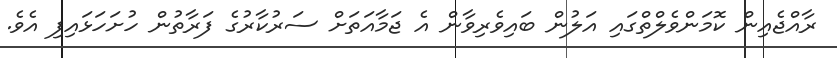
ރާއްޖެއިން ކޮމަންވެލްތްގައި އަލުން ބައިވެރިވާން އެ ޖަމާއަތަށް ސަރުކާރުގެ ފަރާތުން ހުށަހަޅައިފި އެވެ.